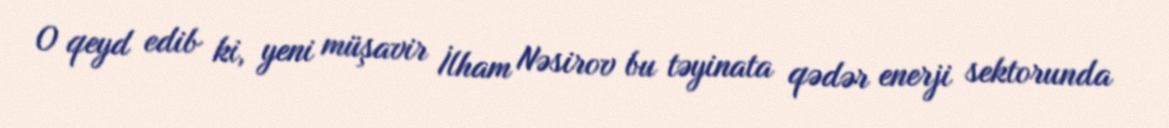
O qeyd edib ki, yeni müşavir İlham Nəsirov bu təyinata qədər enerji sektorunda